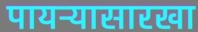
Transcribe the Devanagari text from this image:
पायऱ्यासारखा